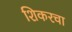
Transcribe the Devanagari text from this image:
शिकरचा